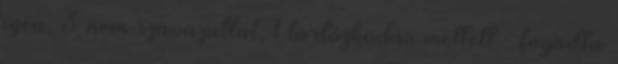
igen, 3 nem szavazattal, 1 tartózkodás mellett – fogadta